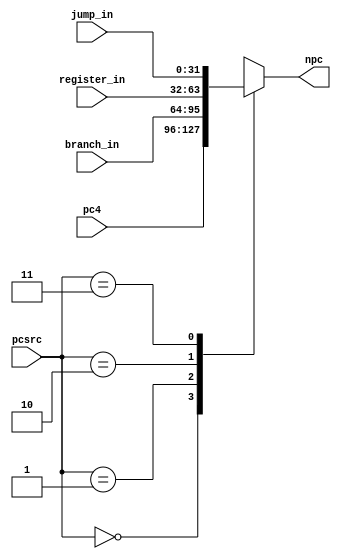
`timescale 1ns / 1ps
//////////////////////////////////////////////////////////////////////////////////
// Company: 
// Engineer: 
// 
// Design Name: 
// Module Name: pc_mux
// Project Name: 
// Target Devices: 
// Tool Versions: 
// Description: 
// 
// Dependencies: 
// 
// Revision:
// Revision 0.01 - File Created
// Additional Comments:
// 
//////////////////////////////////////////////////////////////////////////////////


module pc_mux(pc4, pcsrc, npc, branch_in, register_in, jump_in);
    input [31:0] pc4; //pc +4
    //the next 3 are the addresses to go to
    input [31:0] branch_in;
    input [31:0] register_in;
    input [31:0] jump_in;
    input [1:0] pcsrc;
    output reg [31:0] npc;
    
    //for now the next program counter will always be sequential
    //this will change when we start adding branches and jumps
    always @(*)
    begin
        case(pcsrc)
            2'b00: npc = pc4;
            2'b01: npc = branch_in;
            2'b10: npc = register_in;
            2'b11: npc = jump_in;
        endcase
    end
endmodule